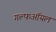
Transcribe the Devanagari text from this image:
गल्फऑयल